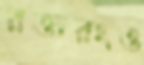
রক্তরংও